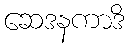
ဆေဒနကာဒိ